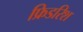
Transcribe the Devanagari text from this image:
फ्रिडरिश